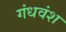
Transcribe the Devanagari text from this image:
गंधवंश